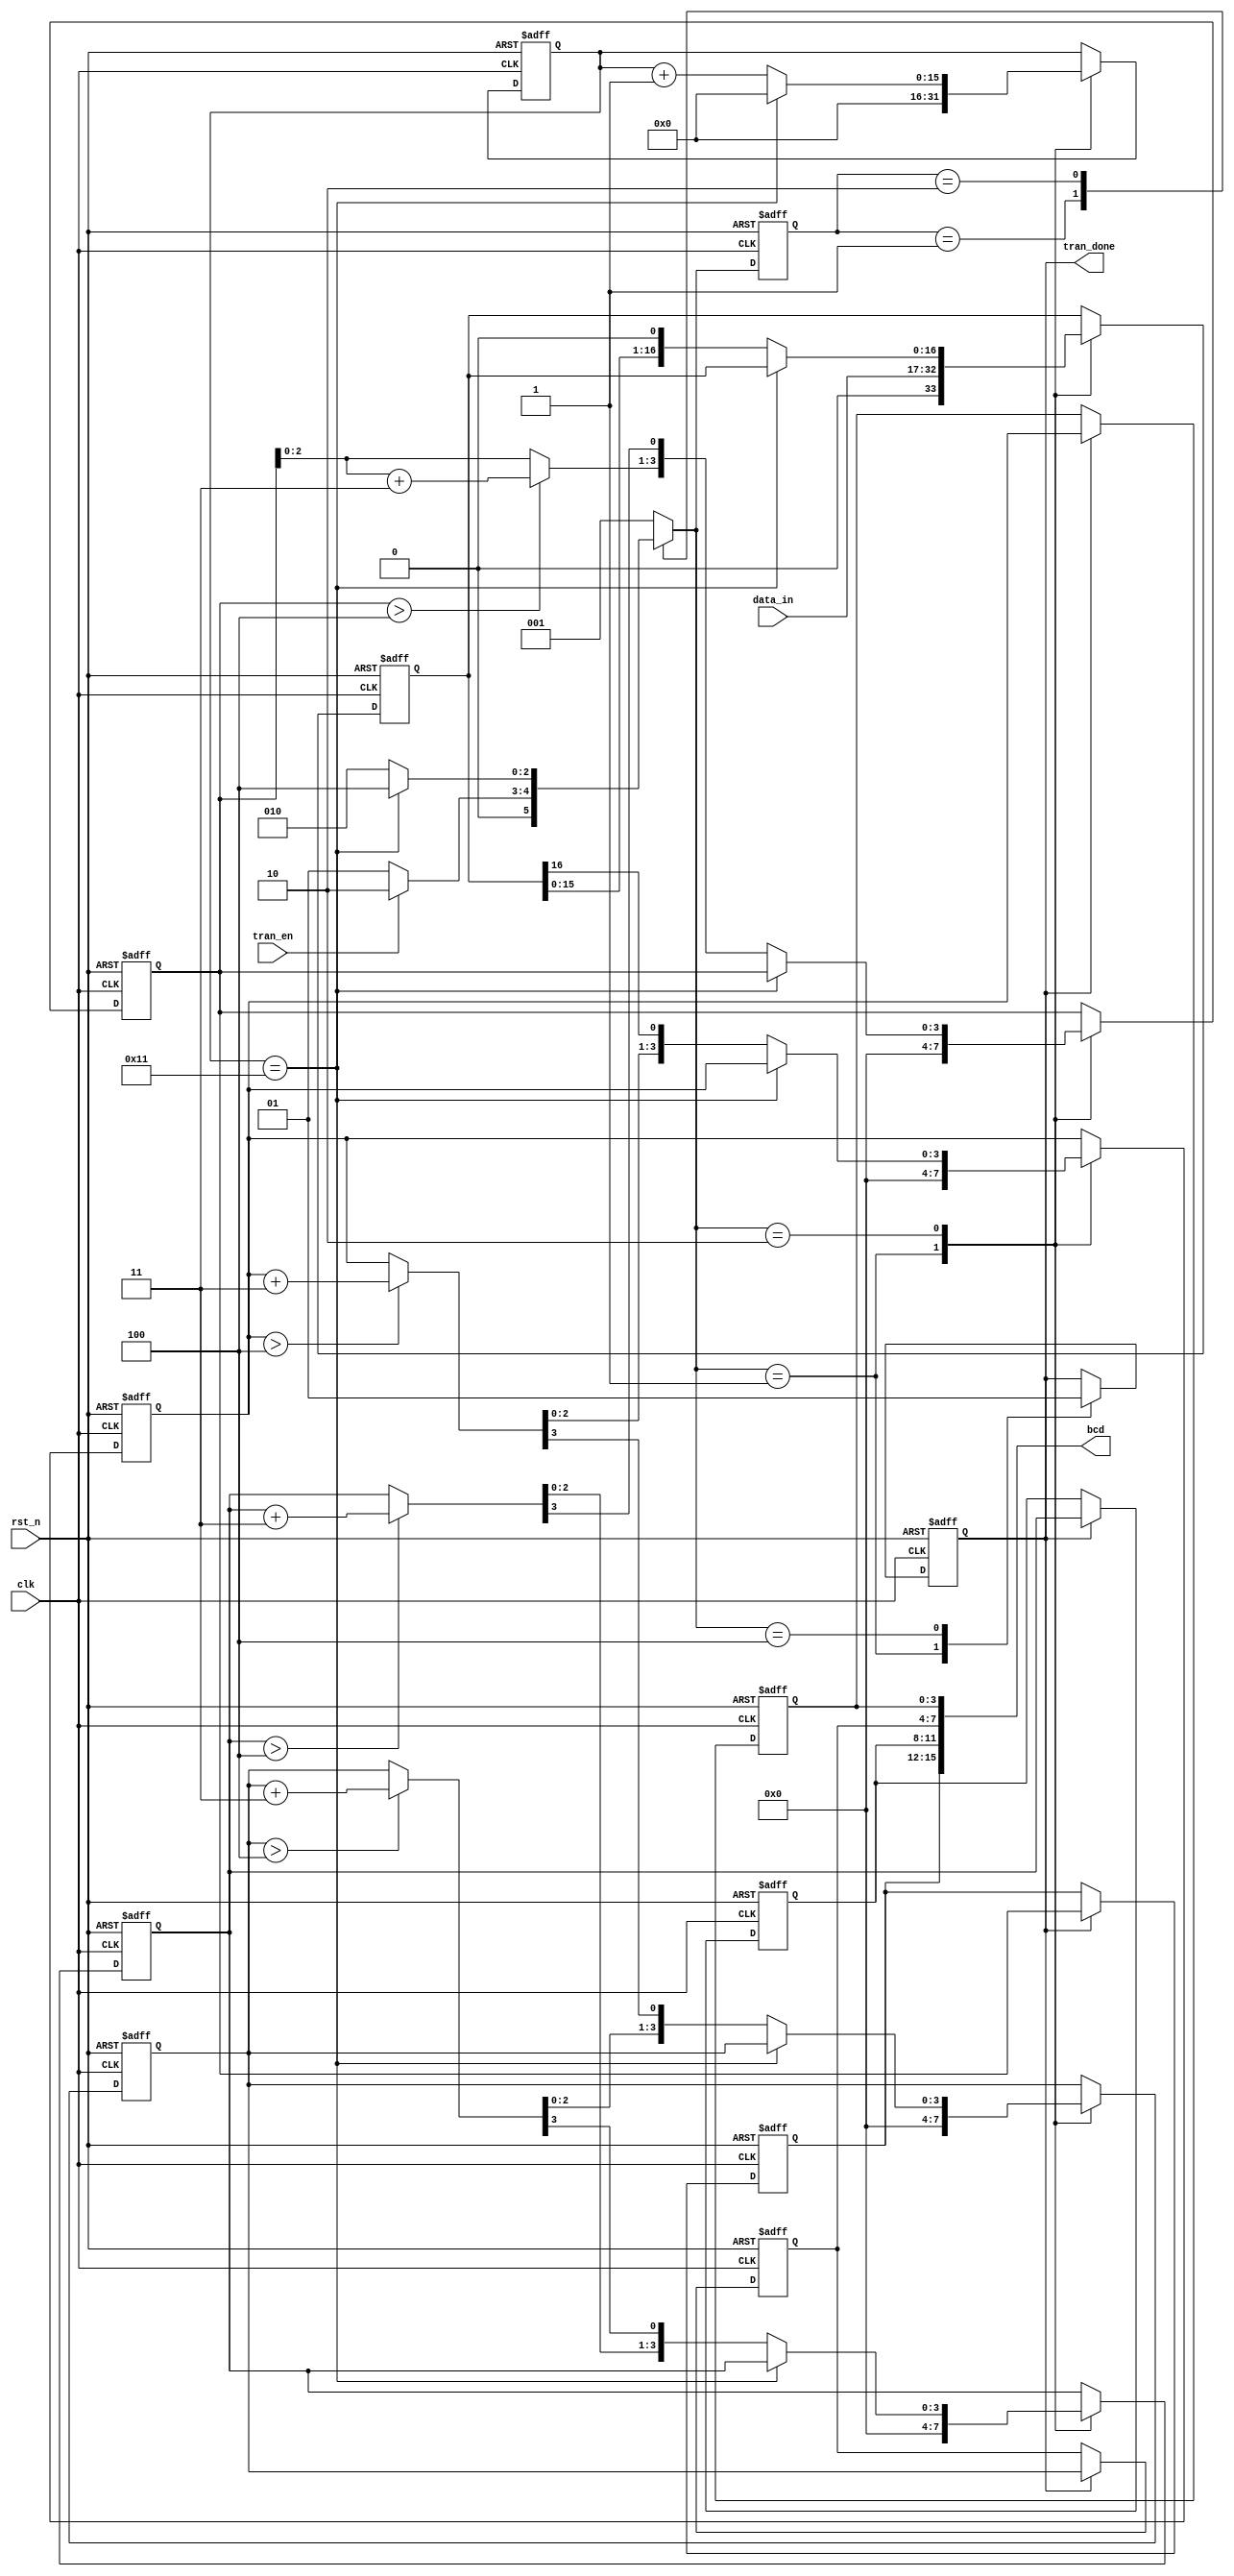
module bin_bcd(
     input               clk,
     input               rst_n,
     input               tran_en,
     input       [15:0]  data_in,
     output   reg        tran_done,
     output      [15:0]  bcd
 
 );
 parameter       DATA_WIDTH  =   16;
 parameter       SHIFT_WIDTH =   5;
 parameter       SHIFT_DEPTH =   16;

 //-------------------------------------------------------
 localparam  IDLE    =   3'b001;
 localparam   SHIFT   =   3'b010;
 localparam   DONE    =   3'b100;
 
 //-------------------------------------------------------
 reg     [2:0]   pre_state;
 reg     [2:0]   next_state;
 //
 reg     [SHIFT_DEPTH-1:0]   shift_cnt;
 //
 reg     [DATA_WIDTH:0]  data_reg;
 reg     [3:0]   thou_reg;
 reg        [3:0]    hund_reg;
 reg        [3:0]    tens_reg;
 reg        [3:0]    unit_reg; 
 reg     [3:0]   thou_out;
 reg        [3:0]    hund_out;
 reg        [3:0]    tens_out;
 reg        [3:0]    unit_out; 
 wire    [3:0]   thou_tmp;
 wire    [3:0]    hund_tmp;
 wire    [3:0]    tens_tmp;
 wire    [3:0]    unit_tmp;
 
 //-------------------------------------------------------
 //FSM step1
 always  @(posedge clk or negedge rst_n)begin
     if(rst_n == 1'b0)begin
         pre_state <= IDLE;
     end
     else begin
         pre_state <= next_state;
     end
 end
 
 //FSM step2
 always  @(*)begin
     case(pre_state)
     IDLE:begin
         if(tran_en == 1'b1)
             next_state = SHIFT;
         else 
             next_state = IDLE;
     end
     SHIFT:begin
         if(shift_cnt == SHIFT_DEPTH + 1)
             next_state = DONE;
         else 
             next_state = SHIFT;
     end
     DONE:begin
         next_state = IDLE;
     end
     default:next_state = IDLE;
     endcase
 end
 
 //FSM step3
 always  @(posedge clk or negedge rst_n)begin
     if(rst_n == 1'b0)begin
         thou_reg <= 4'b0; 
         hund_reg <= 4'b0; 
         tens_reg <= 4'b0; 
         unit_reg <= 4'b0; 
         tran_done <= 1'b0;
         shift_cnt <= 'd0; 
         data_reg <= 'd0;
     end
     else begin
         case(next_state)
         IDLE:begin
             thou_reg <= 4'b0; 
             hund_reg <= 4'b0; 
             tens_reg <= 4'b0; 
             unit_reg <= 4'b0; 
             tran_done <= 1'b0;
             shift_cnt <= 'd0; 
             data_reg <= data_in;
         end
         SHIFT:begin
             if(shift_cnt == SHIFT_DEPTH + 1)
                 shift_cnt <= 'd0;
             else begin
                 shift_cnt <= shift_cnt + 1'b1;
                 data_reg <= data_reg << 1;
                 unit_reg <= {unit_tmp[2:0], data_reg[16]};
                 tens_reg <= {tens_tmp[2:0], unit_tmp[3]};
                 hund_reg <= {hund_tmp[2:0], tens_tmp[3]};
                 thou_reg <= {thou_tmp[2:0], hund_tmp[3]};
             end
         end
         DONE:begin
             tran_done <= 1'b1;
         end
         default:begin
             thou_reg <= thou_reg; 
             hund_reg <= hund_reg; 
             tens_reg <= tens_reg; 
             unit_reg <= unit_reg; 
             tran_done <= tran_done;
             shift_cnt <= shift_cnt; 
         end
         endcase
     end
 end
 //-------------------------------------------------------
 always  @(posedge clk or negedge rst_n)begin
     if(rst_n == 1'b0)begin
         thou_out <= 'd0;
         hund_out <= 'd0;
         tens_out <= 'd0;
         unit_out <= 'd0; 
     end
     else if(tran_done == 1'b1)begin
         thou_out <= thou_reg;
         hund_out <= hund_reg;
         tens_out <= tens_reg;
         unit_out <= unit_reg;
     end
     else begin
         thou_out <= thou_out;
         hund_out <= hund_out;
         tens_out <= tens_out;
         unit_out <= unit_out;
     end
 end
 
 
 //-------------------------------------------------------
 assign  thou_tmp = (thou_reg > 4'd4)?  (thou_reg + 2'd3) : thou_reg;
 assign  hund_tmp = (hund_reg > 4'd4)?  (hund_reg + 2'd3) : hund_reg;
 assign  tens_tmp = (tens_reg > 4'd4)?  (tens_reg + 2'd3) : tens_reg; 
 assign  unit_tmp = (unit_reg > 4'd4)?  (unit_reg + 2'd3) : unit_reg; 
 
 assign bcd = {thou_out,hund_out,tens_out,unit_out};

 
 endmodule